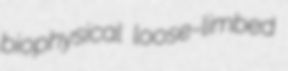
biophysical loose-limbed